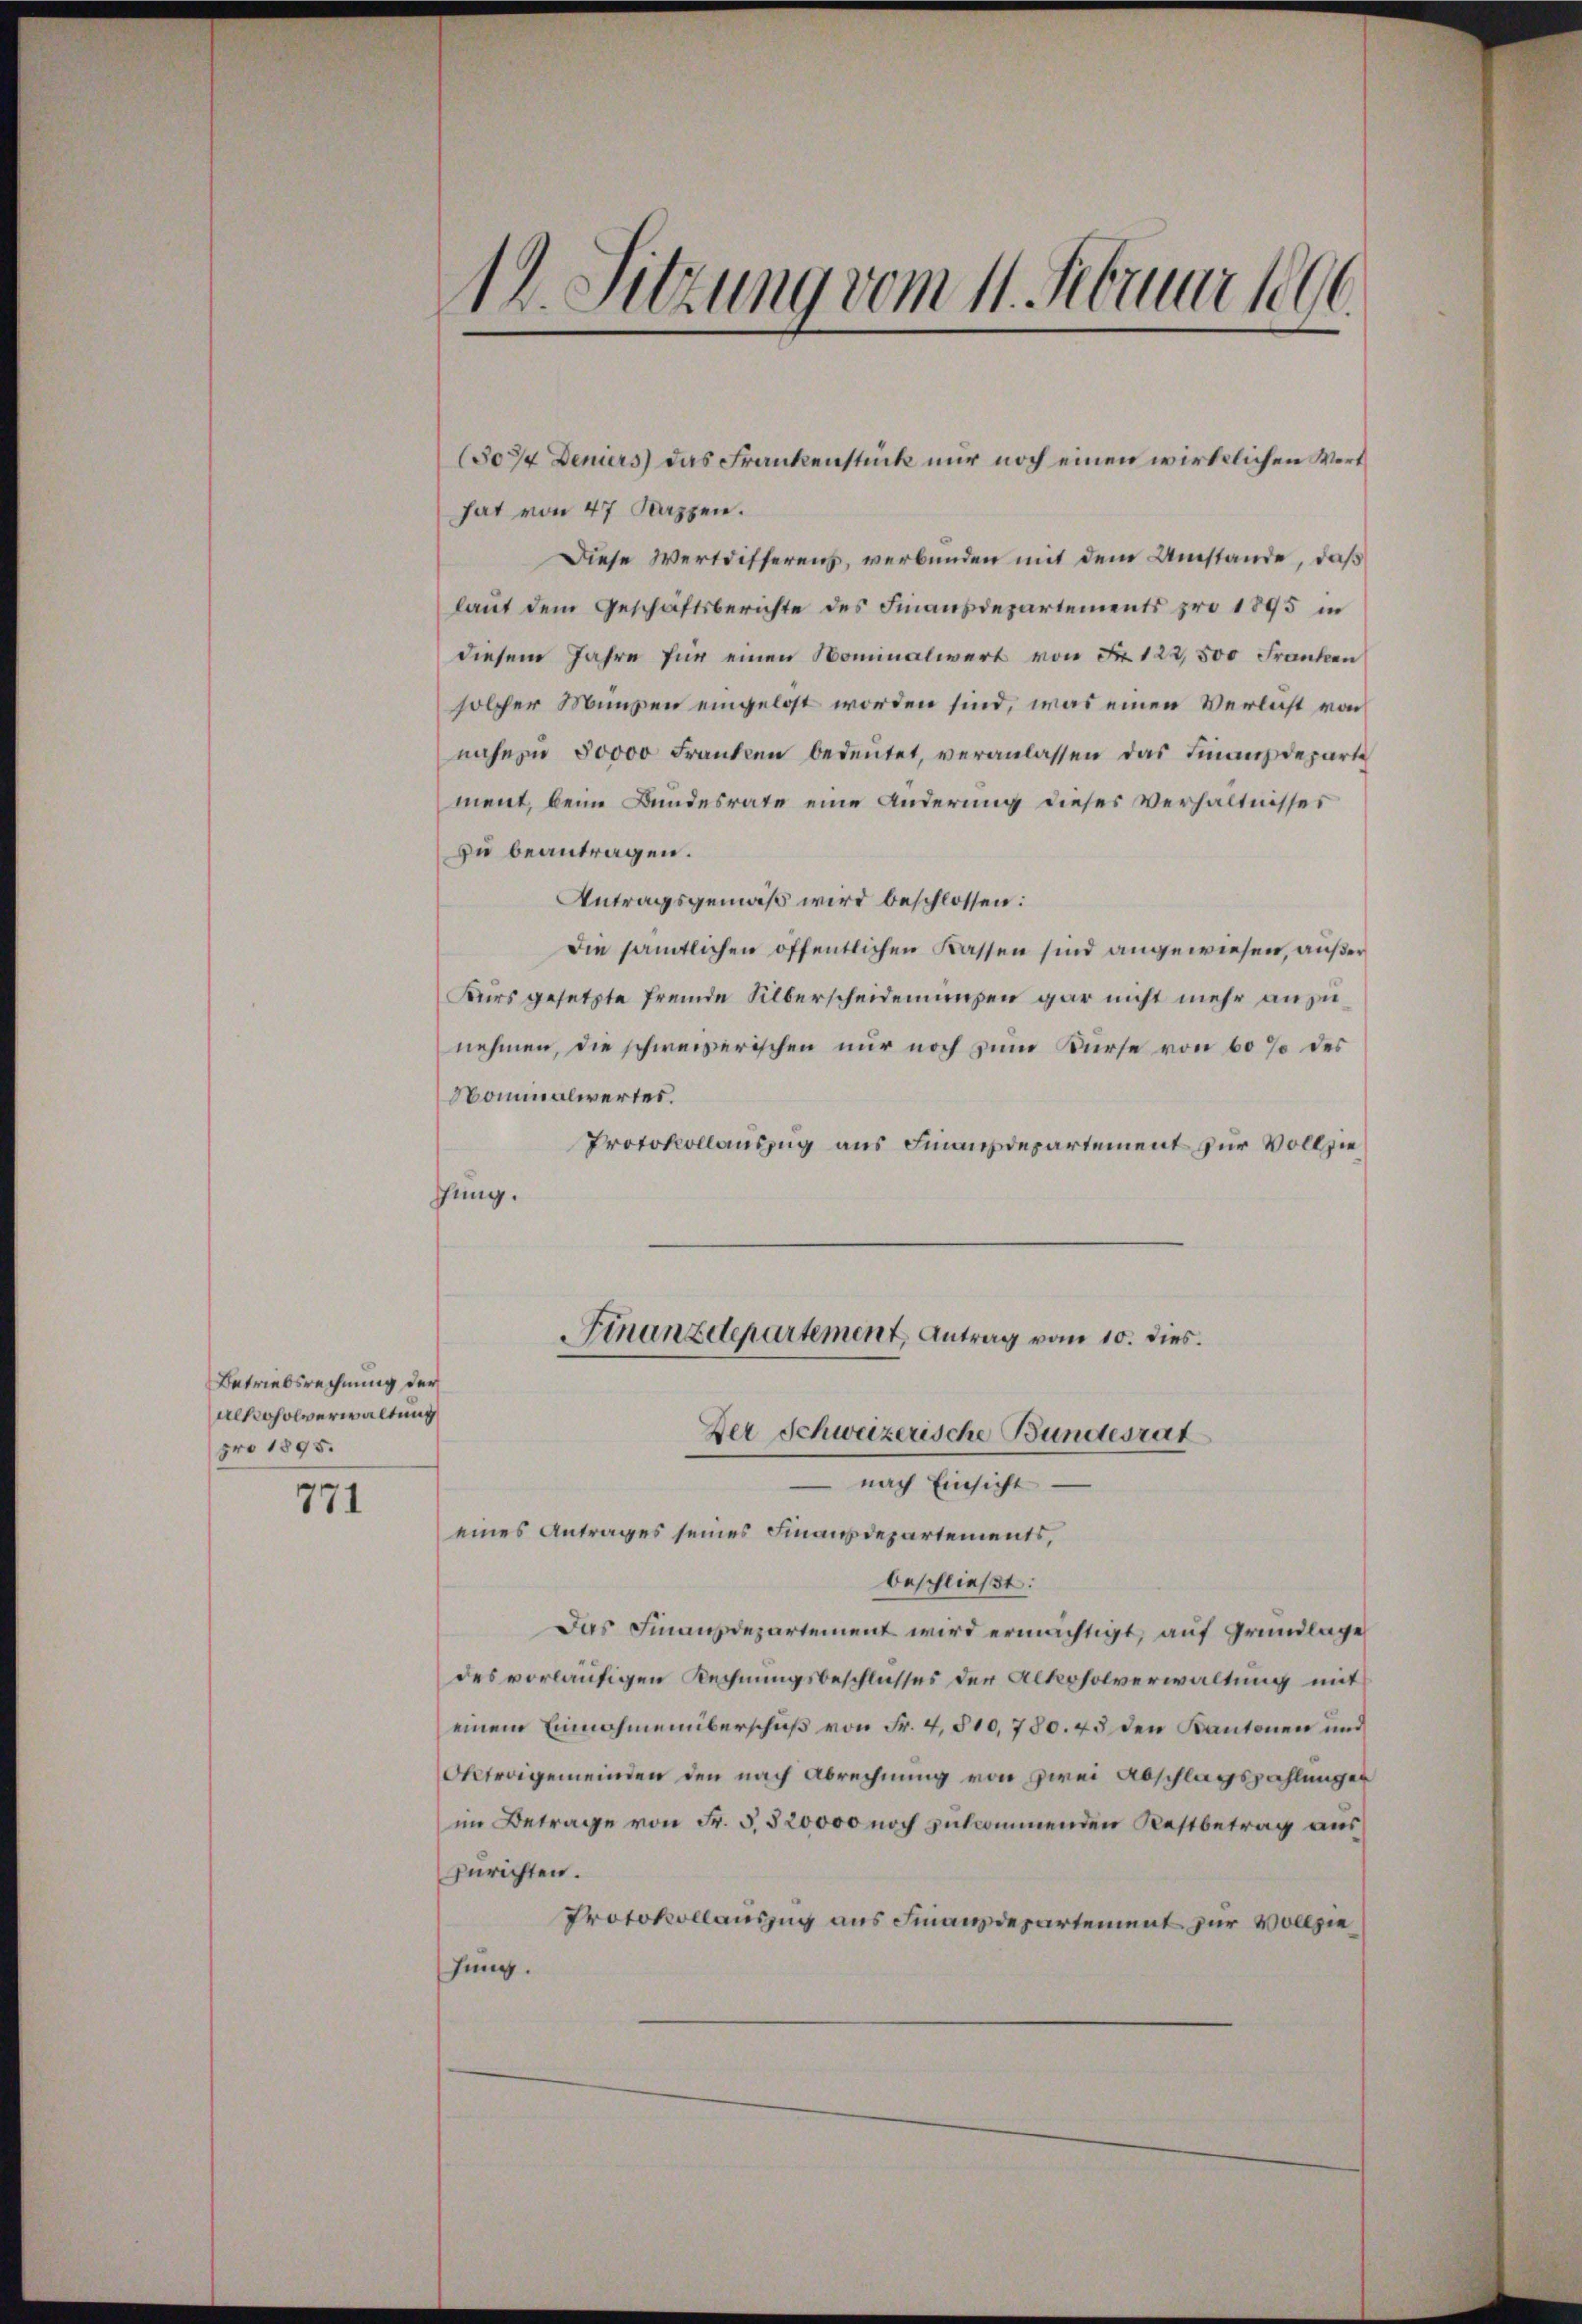
Betriebsrechnung der
Alkoholverwaltung
pro 1895.

771

hat von 47 Rappen.
Diese Wertdifferenz, verbunden mit dem Umstände, daß
laut dem Geschäftsberichte des Finanzdepartements pro 1895 in
diesem Jahre für einen Nominalwert von Fr. 122,500 Franken
solcher Münzen eingelöst worden sind, was einen Verlust von
nahezu 80000 Franken bedeutet, veranlassen das Finanzdeparte
ment, beim Bundesrate eine Änderung dieses Verhältnisses
zu beantragen.
Antragsgemäß wird beschlossen:
Die sämtlichen öffentlichen Kassen sind angewiesen, außer
Kurs gesetzte fremde Silberscheidenungen gar nicht mehr anzunehmen, die schweizerischen nur noch zum Kurse von 60 % des
Nominalwertes.
Protokollauszug aus Finanzdepartement zur Vollzieffung.

14. Sitzung vom 11. Februar 1896

Der Schweizerische Bundesrat
 nach Einsicht
eines Antrages seines Finanzdepartements,
beschließt:
Das Finanzdepartement wird ermächtigt, auf Grundlage
des vorläufigen Rechnungsbeschlusses der Alkoholverwaltung mit
einem Einnahmenüberschuß von Fr. 4,510,780. 45 den Kantonen und
Oktrogemeinden den nach Abrechnung von zwei Abschlagszahlungen
im Betrage von Fr. 5. 520000 noch zukommenden Restbetrag aus
zurichten.
Protokollauszug aus Finanzdepartement zur Vollziehung.

(3074 Deniers) das Frankenstück nur noch einen wirklichen Wert

Finanzdepartement, Antrag vom 10. dies.